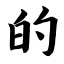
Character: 的